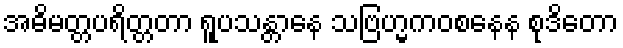
အဓိမတ္တပရိတ္တတာ ရူပသန္တာနေ သဗြဟ္မကဝစနေန စုဒိတော